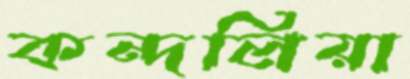
কন্দলিয়া